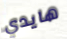
هايدي